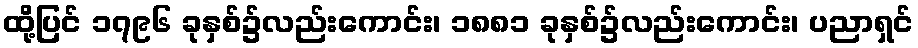
ထို့ပြင် ၁၇၉၆ ခုနှစ်၌လည်းကောင်း၊ ၁၈၈၁ ခုနှစ်၌လည်းကောင်း၊ ပညာရှင်